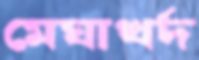
মেঘাখর্দ